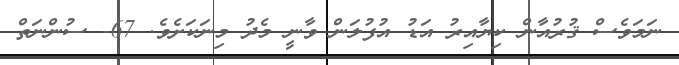
ނަމަވެސް ޤުރުއާން ކިޔާއިރު އަޑު އުފުލަން ވާނީ މެދު މިނަކަށެވެ. 67- ސުންނަތް